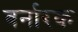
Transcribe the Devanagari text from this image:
बर्नारक